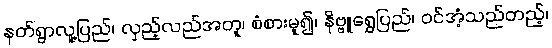
နတ်ရွာလူ့ပြည်၊ လှည့်လည်အတူ၊ စံစားမူ၍၊ နိဗ္ဗူရွှေပြည်၊ ဝင်အံ့သည်တည့်၊